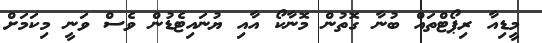
މީޑިއާ ރިޕޯޓްތައް ބުނާ ގޮތުން މޮނާކޯ އާއި ޔުނައިޓެޑުން ވެސް ވަނީ މިކަމަށް